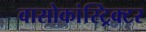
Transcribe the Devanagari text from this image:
वासोकांस्ट्रिक्टर